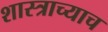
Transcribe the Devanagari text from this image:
शास्त्राच्याच